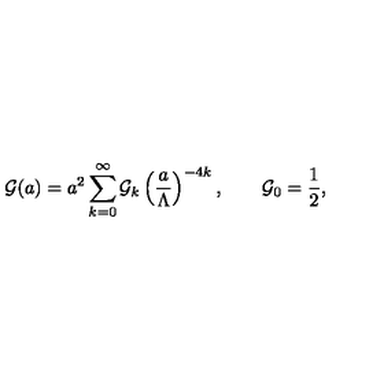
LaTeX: { \cal G } ( a ) = a ^ { 2 } \sum _ { k = 0 } ^ { \infty } { \cal G } _ { k } \left( { \frac { a } { \Lambda } } \right) ^ { - 4 k } , \qquad { \cal G } _ { 0 } = { \frac { 1 } { 2 } } ,